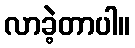
လာခဲ့တာပါ။